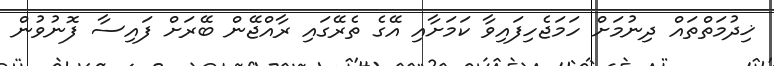
ޚިދުމަތްތައް ދިނުމަށް ހަމަޖެހިފައިވާ ކަމަށާއި އޭގެ ތެރޭގައި ރާއްޖޭން ބޭރަށް ފައިސާ ފޮނުވުން